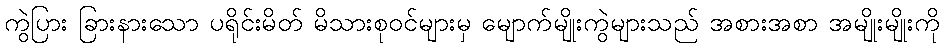
ကွဲပြား ခြားနားသော ပရိုင်းမိတ် မိသားစုဝင်များမှ မျောက်မျိုးကွဲများသည် အစားအစာ အမျိုးမျိုးကို